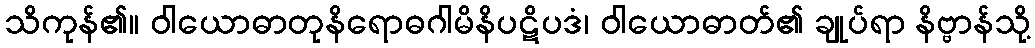
သိကုန်၏။ ဝါယောဓာတုနိရောဓဂါမိနိပဋိပဒံ၊ ဝါယောဓာတ်၏ ချုပ်ရာ နိဗ္ဗာန်သို့